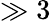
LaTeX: \gg 3